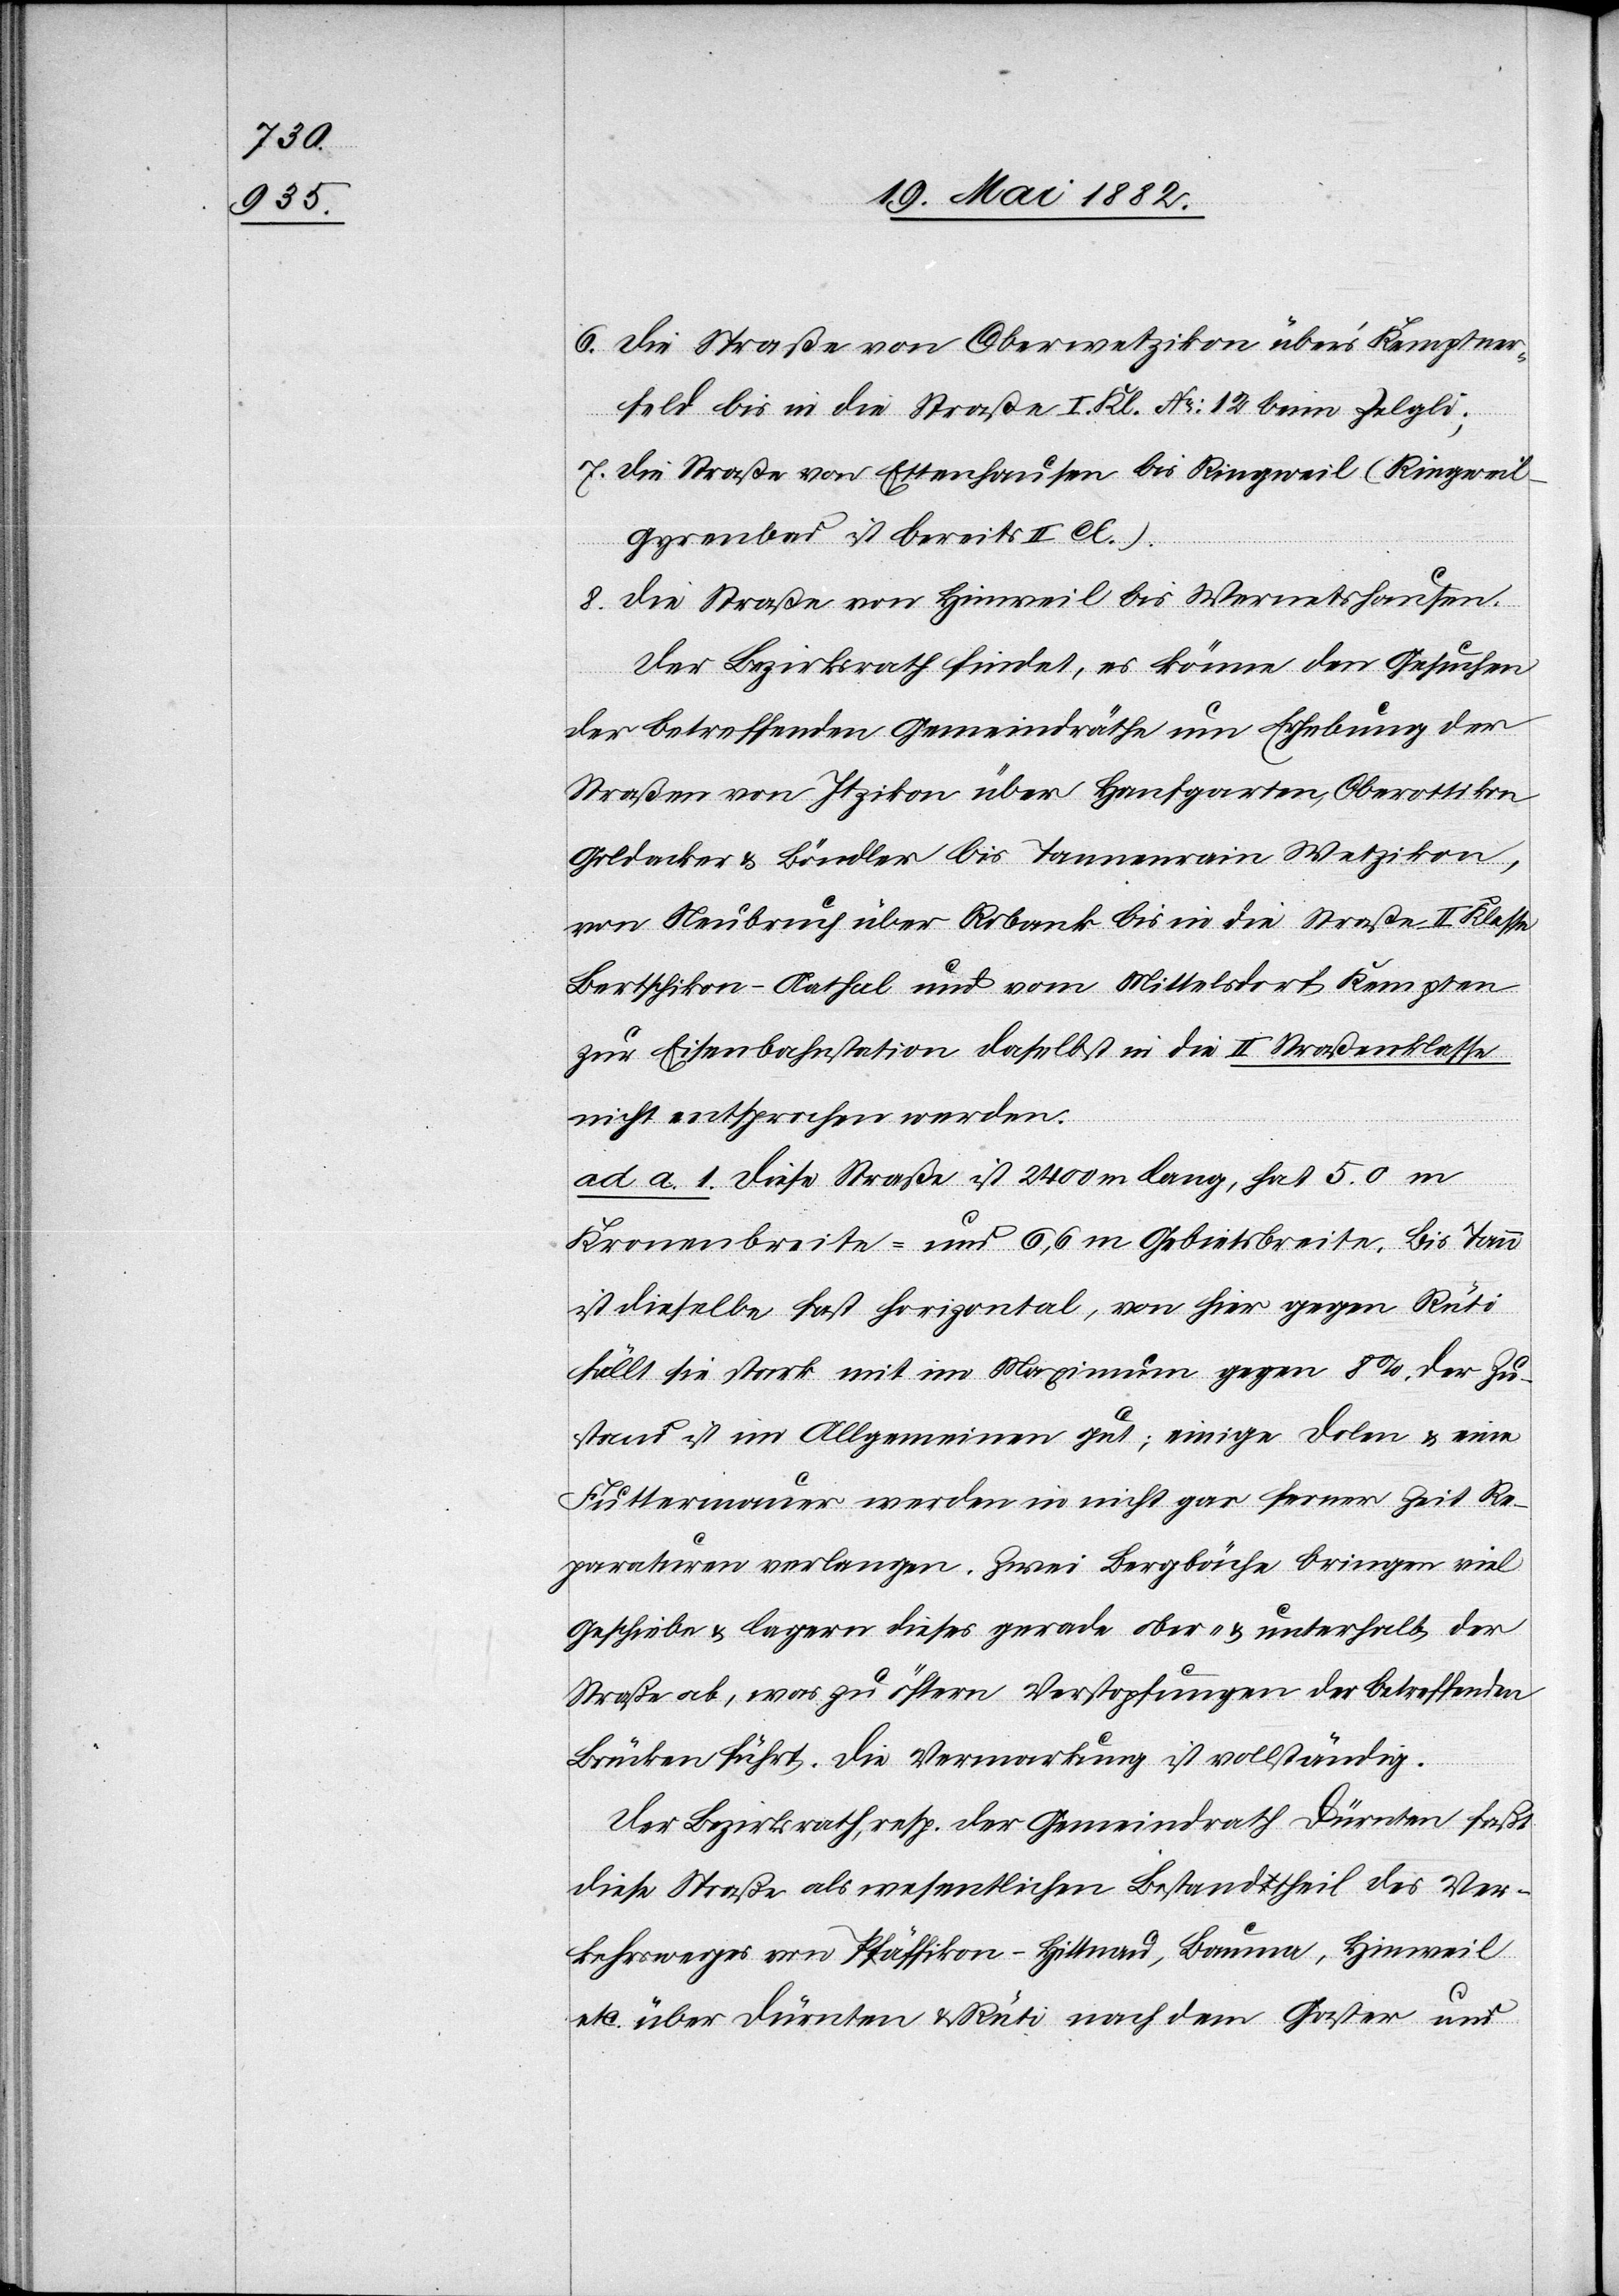
6. Die Straße von Oberwetzikon über’s Kemptner¬
feld bis in die Straße I. Kl. No 12 bei Zelgli;
7. Die Straße von Ettenhausen bis Ringweil (Ringwei¬
l–Gyrenbad ist bereits II. Cl).
8. Die Straße von Hinweil bis Wernetshausen.
Der Bezirksrath findet, es könne den Gesuchen
der betreffenden Gemeindräthe um Erhebung der
Straßen von Itzikon über Hanfgarten, Oberottikon,
Goldacker & Böndler bis Tannenrain Wetzikon,
von Neubruch über Robank bis in die Straße II. Klasse
Bertschikon–Aathal und vom Mittelsdorf Kempten
zur Eisenbahnstation daselbst in die II. Straßenklasse
nicht entsprochen werden.
ad a. 1. Diese Straße ist 2400 m lang, hat 5.0 m
Kronenbreite und 6,6 m Gebietsbreite. Bis Tann
ist dieselbe fast horizontal, von hier gegen Rüti
fällt sie stark mit im Maximum gegen 8%. Der Zu¬
stand ist im Allgemeinen gut; einige Dolen & eine
Futtermauer werden in nicht gar ferner Zeit Re¬
paraturen verlangen. Zwei Bergbäche bringen viel
Geschiebe & lagern dieses gerade ober- & unterhalb der
Straße ab, was zu öftern Verstopfungen der betreffenden
Brücken führt. Die Vermarkung ist vollständig.
Der Bezirksrath, resp. der Gemeindrath Dürnten faßt
diese Straße als wesentlichen Bestandtheil des Ver¬
kehrsweges von Pfäffikon–Hittnau, Bauma, Hinweil,
etc. über Dürnten & Rüti nach dem Gaster und